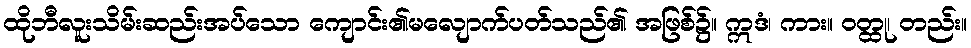
ထိုဘီလူးသိမ်းဆည်းအပ်သော ကျောင်း၏မလျောက်ပတ်သည်၏ အဖြစ်၌။ ဣဒံ၊ ကား။ ဝတ္ထု၊ တည်း။